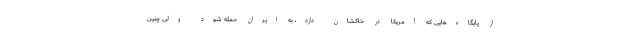
از پایگاه‌هایی که آمریکا در خاکشان دارد، به ایران حمله شود ولی چنین